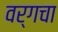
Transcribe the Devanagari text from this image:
वर्गचा